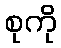
စုကို